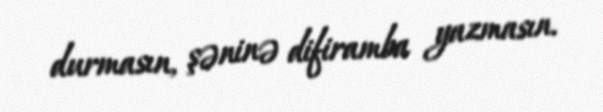
durmasın, şəninə difiramba yazmasın.